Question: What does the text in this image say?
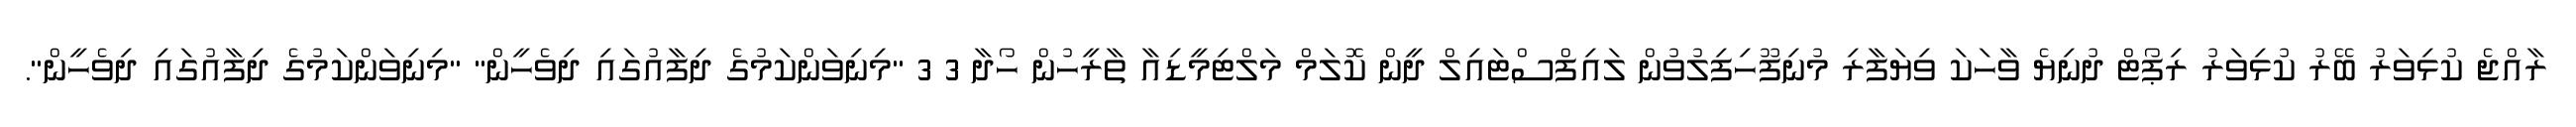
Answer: ރާއްޖެ ކުޅިވަރު ބޭރު ކުޅިވަރު ރިޕޯޓް ދުނިޔެ ވާހަކަ ވިޔަފާރި މުނިފޫހިފިލުވުން ލައިފްސްޓައިލް ދީން ކޮލަމް މަލްޓިމީޑިއާ ތާރީހުން ހޯދާ 3 3 "މިނިވަންކަމުގެ ދިފާއުގައި ދިވެހީން" "މިނިވަންކަމުގެ ދިފާއުގައި ދިވެހީން".